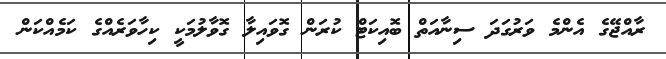
ރާއްޖޭގެ އެންމެ ވަރުގަދަ ސިނާއަތް ބޮއިކަޓް ކުރަން ގޮވައިލާ ގޮވާލުމަކީ ކިހާވަރެއްގެ ކަމެއްކަން